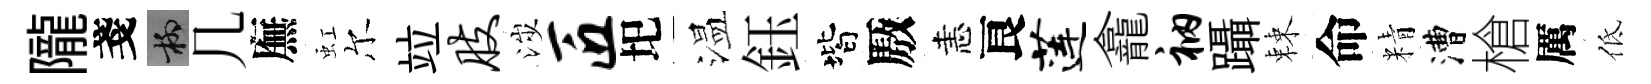
隴戔柳几廡虹尔竝肢涉匠圯温鈺階厫恚良莲龕衲躡棘命精漕槍厲低